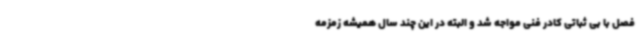
فصل با بی ثباتی کادر فنی مواجه شد و البته در این چند سال همیشه زمزمه